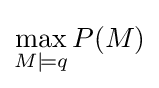
\max _{M\models q}P(M)